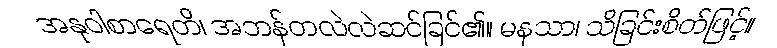
အနုဝါစာရေတိ၊ အဘန်တလဲလဲဆင်ခြင်၏။ မနသာ၊ သိခြင်းစိတ်ဖြင့်။